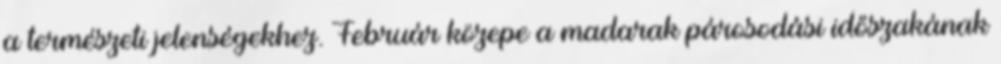
a természeti jelenségekhez. Február közepe a madarak párosodási időszakának